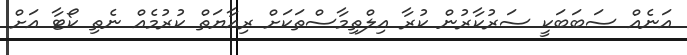
އަނެއް ސަބަބަކީ ސަރުކާރުން ކުރާ އިލްތިމާސްތަކަށް ރިއާޔަތް ކުރުމެއް ނެތި ކޯޓާ އަށް